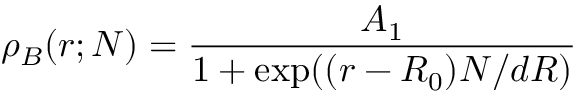
\rho _ { B } ( r ; N ) = \frac { A _ { 1 } } { 1 + \mathrm { e x p } ( ( r - R _ { 0 } ) N / d R ) }